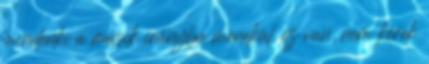
mindenki a másik irányba menekül. ez van, nem kérek